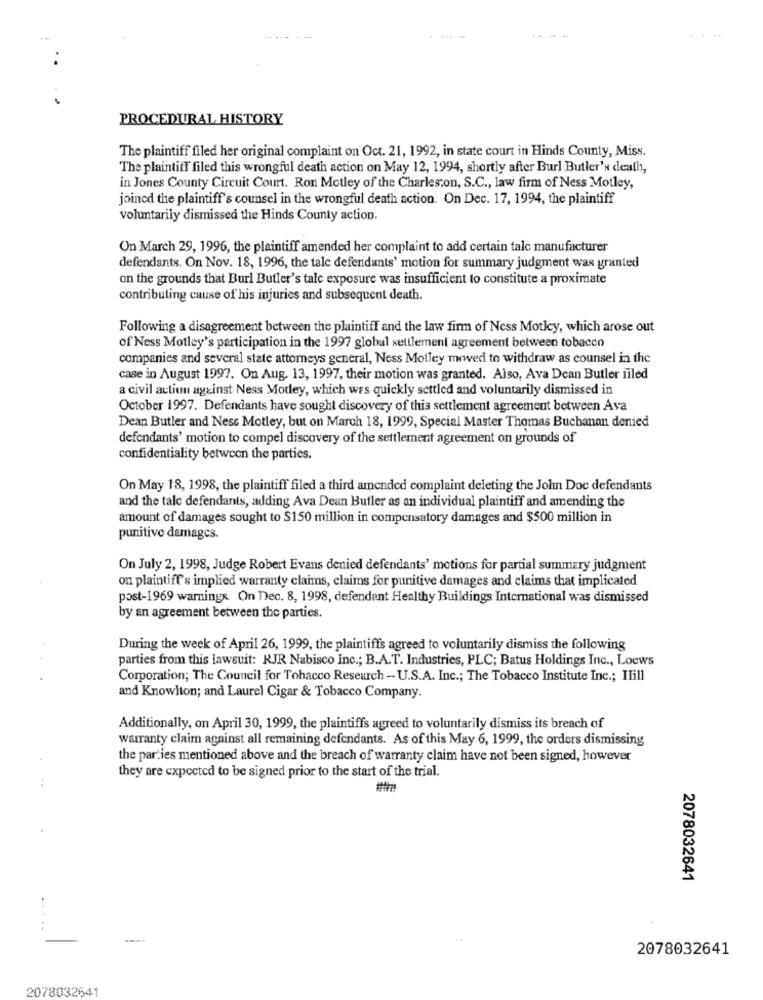
-
PROCEDURAL HISTORY
The plaintiff filed her original complaint on Oct. 21, 1992, in state court in Hinds County, Miss.
The plaintiff filed this wrongful death action on May 12, 1994, shortly after Burl Butler's death,
in Jones County Circuit Court. Ron Motley of the Charleston, S.C ., law firm of Ness Motley,
joined the plaintiff's counsel in the wrongful death action. On Dec. 17, 1994, the plaintiff
voluntarily dismissed the Hinds County action.
On March 29, 1996, the plaintiff amended her complaint to add certain talc manufacturer
defendants. On Nov. 18, 1996, the tale defendants' motion for summary judgment was granted
on the grounds that Burl Butler's talc exposure was insufficient to constitute a proximate
contributing cause of his injuries and subsequent death.
Following a disagreement between the plaintiff and the law firm of Ness Motley, which arose out
of Ness Motley's participation in the 1997 global settlement agreement between tobacco
companies and several state attorneys general, Ness Motley moved to withdraw as counsel in the
case in August 1997. On Aug. 13, 1997, their motion was granted. Also, Ava Dean Butler filed
a civil action against Ness Modey, which was quickly settled and voluntarily dismissed in
October 1997. Defendants have sought discovery of this settlement agreement between Ava
Dean Butler and Ness Motley, but on March 18, 1999, Special Master Thomas Buchanan denied
defendants' motion to compel discovery of the settlement agreement on grounds of
confidentiality between the parties.
On May 18, 1998, the plaintiff filed a third amended complaint deleting the John Doc defendants
and the talc defendants, adding Ava Dean Butler as an individual plaintiff and amending the
amount of damages sought to $150 million in compensatory damages and $500 million in
punitive damages.
On July 2, 1998, Judge Robert Evans denied defendants' motions for partial summary judgment
on plaintiff's implied warranty claims, claims for punitive damages and claims that implicated
post-1969 warnings. On Dec. 8, 1998, defendant Healthy Buildings International was dismissed
by an agreement between the parties.
During the week of April 26, 1999, the plaintiffs agreed to voluntarily dismiss the following
parties from this lawsuit: RJR Nabisco Inc .; B.A.T. Industries, PLC; Batus Holdings Inc ., Loews
Corporation; The Council for Tobacco Research - U.S.A. Inc .; The Tobacco Institute Inc .; ITill
and Knowlton; and Laurel Cigar & Tobacco Company.
Additionally, on April 30, 1999, the plaintiffs agreed to voluntarily dismiss its breach of
warranty claim against all remaining defendants. As of this May 6, 1999, the orders dismissing
the parties mentioned above and the breach of warranty claim have not been signed, however
they are expected to be signed prior to the start of the trial.
2078032641
....
2078032641
2078032641